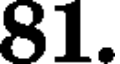
81.